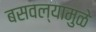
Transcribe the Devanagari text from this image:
बसवल्यामुळे